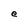
Character: e